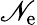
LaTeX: \mathscr{N}_{\mathrm{{e}}}